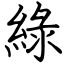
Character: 綠